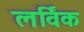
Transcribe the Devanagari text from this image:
लर्विक